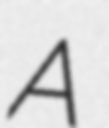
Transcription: A